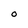
Character: O